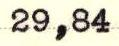
29,84